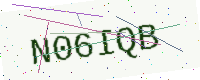
Text: N06IQB